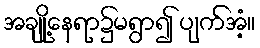
အချို့နေရာ၌မရွာ၍ ပျက်အံ့။